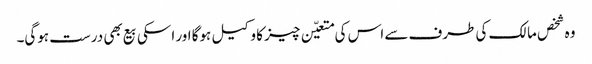
وہ شخص مالک کی طرف سے اس کی متعیّن چیز کا وکیل ہوگا اور اسکی بیع بھی درست ہوگی۔